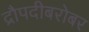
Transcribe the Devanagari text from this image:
द्रौपदीबरोबर